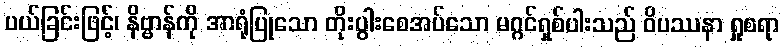
ပယ်ခြင်းဖြင့်၊ နိဗ္ဗာန်ကို အာရုံပြုသော တိုးပွါးစေအပ်သော မဂ္ဂင်ရှစ်ပါးသည် ဝိပဿနာ ရှုစရာ